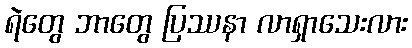
ရဲတွေ ဘာတွေ ပြဿနာ လာရှာသေးလား